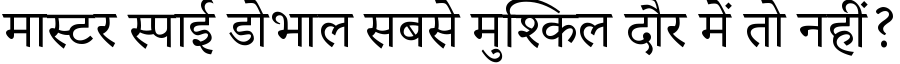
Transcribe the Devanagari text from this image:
मास्टर स्पाई डोभाल सबसे मुश्किल दौर में तो नहीं?